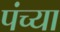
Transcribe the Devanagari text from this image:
पंच्या